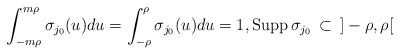
\begin{align*}\int_{-m\rho}^{m\rho}\sigma_{j_0}(u)du=\int_{-\rho}^{\rho}\sigma_{j_0}(u)du=1,\mathrm{Supp}\,\sigma_{j_0}\,\subset\,\,\, ]-\rho, \rho[\end{align*}